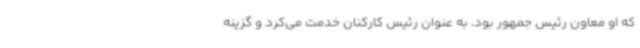
که او معاون رئیس جمهور بود، به عنوان رئیس کارکنان خدمت می‌کرد و گزینه